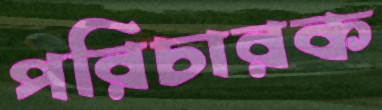
পরিচারক